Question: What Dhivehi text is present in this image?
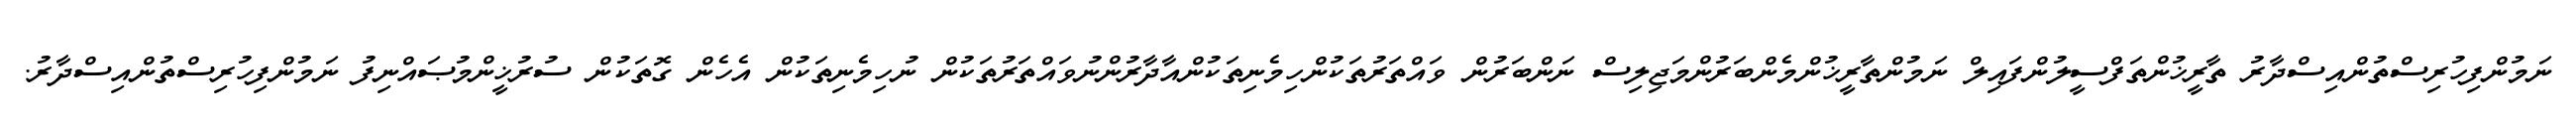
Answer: ނަމުންފިހުރިސްތުންއިސްދާރު ތާރީޚުންތަފްސީލުންފައިލް ނަމުންތާރީޚުންމެންބަރުންމަޖިލިސް ނަންބަރުން ވައްތަރުތަކުންހިމެނިތަކުންއާދާރުންނުވައްތަރުތަކުން ނުހިމެނިތަކުން އެހެން ގޮތަކުން ސުރުޚީންމުޞައްނިފު ނަމުންފިހުރިސްތުންއިސްދާރު.